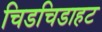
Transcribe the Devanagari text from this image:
चिडचिडाहट